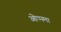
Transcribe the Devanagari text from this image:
ओप्पमा